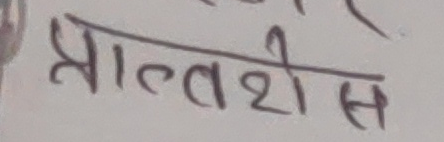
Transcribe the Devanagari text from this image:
प्राल्तशीस